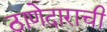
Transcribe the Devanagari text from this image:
ठाणेदाराची